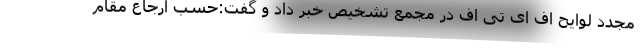
مجدد لوایح اف ای تی اف در مجمع تشخیص خبر داد و گفت:حسب ارجاع مقام